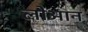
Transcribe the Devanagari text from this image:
लोआन